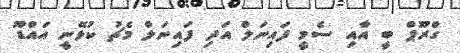
ގްރޫޕް ބީ އާއި ސެމީ ފައިނަލް އަދި ފައިނަލް މެޗު ކުޅޭނީ އައްޑޫ